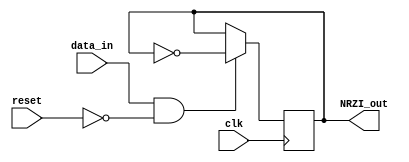
module NRZI_encoder(
    input data_in,
    input clk,
    input reset,
    output reg NRZI_out);

    initial begin
        NRZI_out = 0;
    end
    always @ (posedge clk) begin
        if (data_in & (~reset)) begin
            NRZI_out = ~NRZI_out;
        end
    end
endmodule